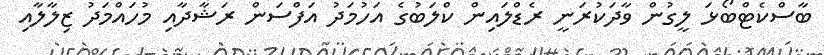
ބާސްކެޓްބޯޅަ ލީގުން ވާދަކުރަނީ ރެޑްލައިން ކްލަބުގެ އަހުމަދު އަފްސަން ރަޝާދާއި މުހައްމަދު ޒިލާލާއި